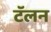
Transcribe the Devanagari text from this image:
टॅलन